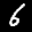
Label: 6